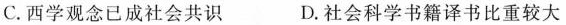
C.西学观念已成社会共识 D.社会科学书籍译书比重较大